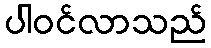
ပါဝင်လာသည်